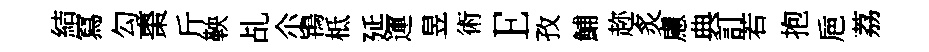
結冩勾棗斤鞅乩尒鴇柢延運昱術E孜鯆趂炙慮典訂若抱巵荔